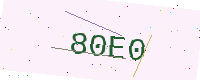
Text: 80E0